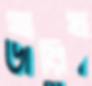
তারিখ